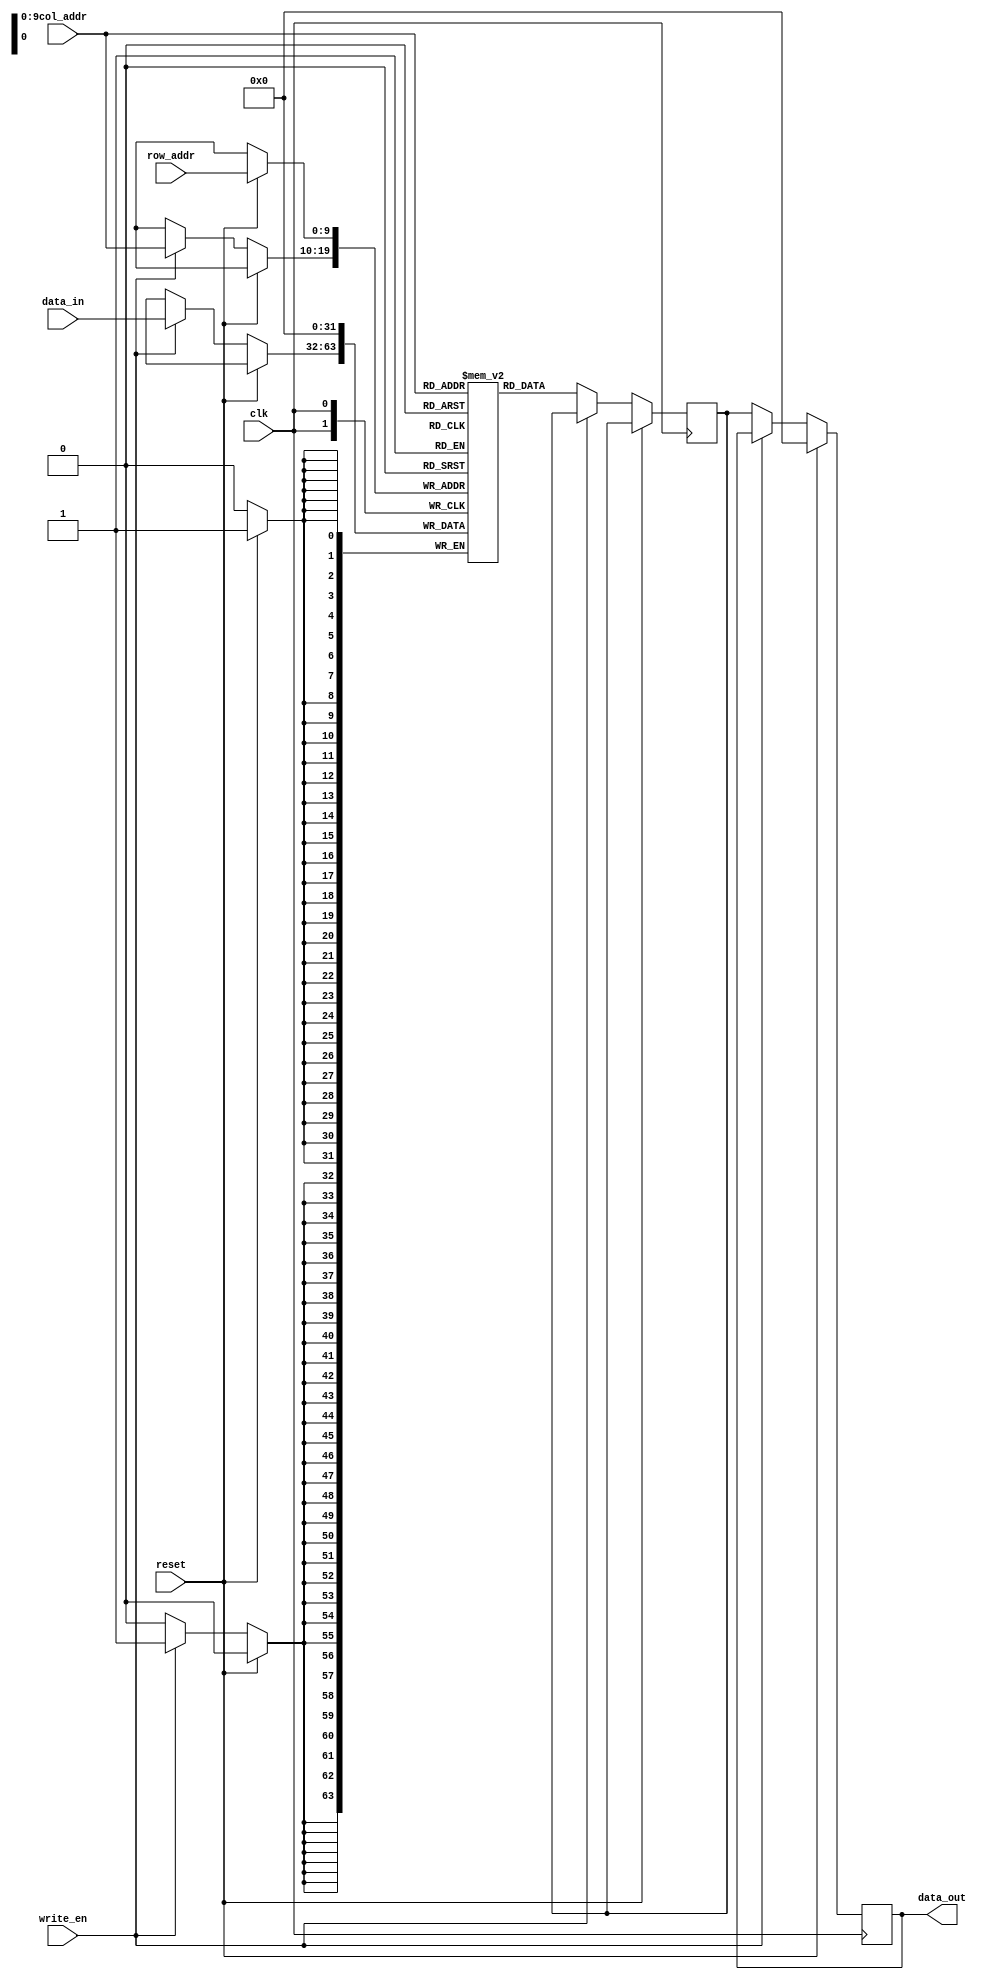
module LPDDR_RAM (
    input wire clk,
    input wire reset,
    input wire [ADDR_WIDTH-1:0] row_addr,
    input wire [ADDR_WIDTH-1:0] col_addr,
    input wire [DATA_WIDTH-1:0] data_in,
    input wire write_en,
    output reg [DATA_WIDTH-1:0] data_out
);

// Define parameters
parameter ADDR_WIDTH = 10; // Address width of memory blocks
parameter DATA_WIDTH = 32; // Data width of memory blocks

// Define memory array
reg [DATA_WIDTH-1:0] memory [0:(1 << ADDR_WIDTH) - 1];

// Define internal signals
reg [DATA_WIDTH-1:0] read_data;

// Read operation
always @(posedge clk) begin
    if (reset) begin
        data_out <= 0;
    end else if (!write_en) begin
        read_data <= memory[col_addr];
        data_out <= read_data;
    end
end

// Write operation
always @(posedge clk) begin
    if (reset) begin
        memory[row_addr] <= 0;
    end else if (write_en) begin
        memory[col_addr] <= data_in;
    end
end

endmodule